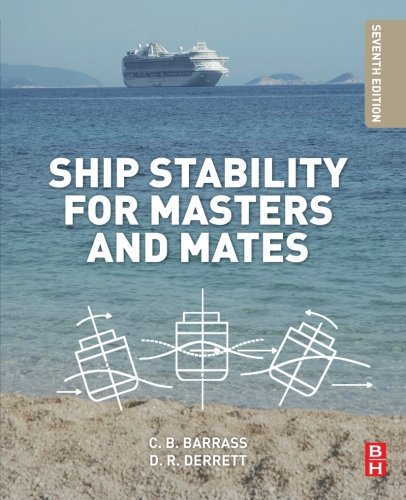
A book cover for Ship Stability for Masters and Mates, Seventh Edition; Bryan Barrass; Engineering & Transportation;